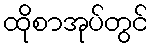
ထိုစာအုပ်တွင်